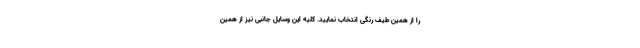
را از همین طیف رنگی انتخاب نمایید. کلیه این وسایل جانبی نیز از همین